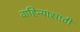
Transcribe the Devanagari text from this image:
वाहिन्यांसाठी